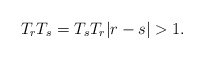
\begin{align*}T_rT_s=T_sT_r |r-s|>1.\end{align*}